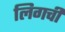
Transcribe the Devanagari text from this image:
लिगची